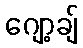
ဂျော့ချ်